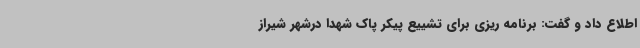
اطلاع داد و گفت: برنامه ریزی برای تشییع پیکر پاک شهدا درشهر شیراز